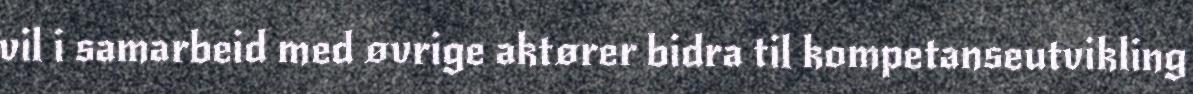
vil i samarbeid med øvrige aktører bidra til kompetanseutvikling